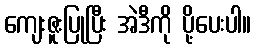
ကျေးဇူးပြုပြီး အဲဒီကို ပို့ပေးပါ။